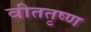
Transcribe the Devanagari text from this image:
वीततृष्ण